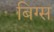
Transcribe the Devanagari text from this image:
बिग्स